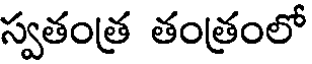
స్వతంత్ర తంత్రంలో